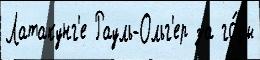
Латакунг'е Рауль-Ольг'ер за го́ды